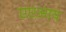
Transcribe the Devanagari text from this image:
एएआय